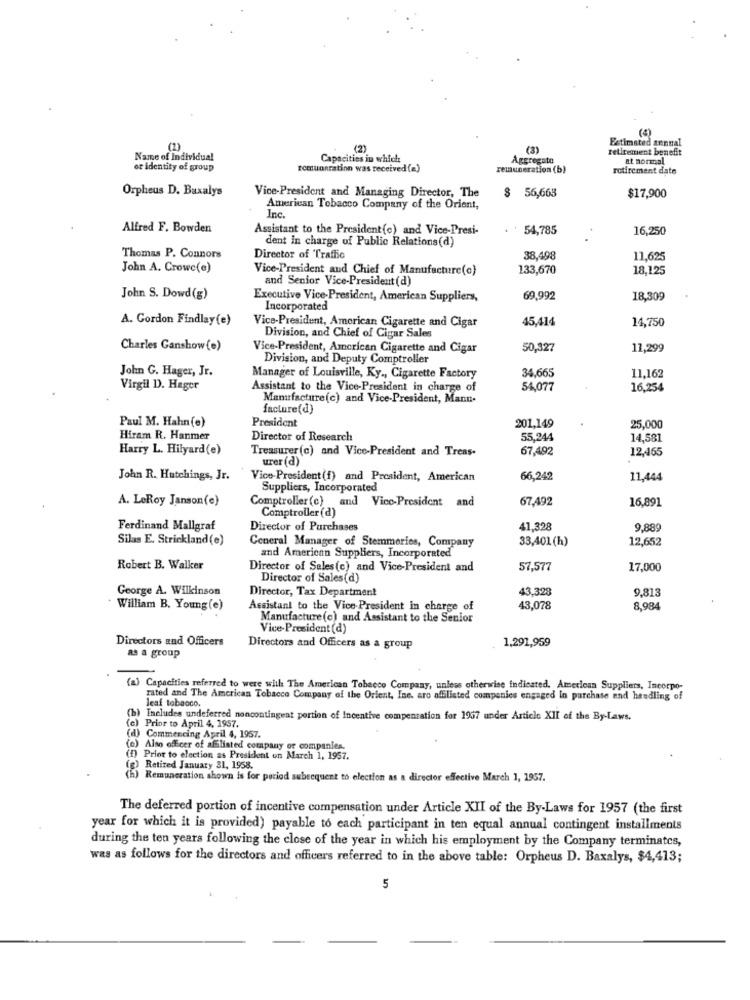
(4)
Estimated sentral
(2)
(2)
retirement benefit
Name of Individual
Capacities in which
Aggregato
at normal
or identity of group
remuneration was received (a)
remuneration (b)
retirement date
Orpheus D. Baxalys
Vice-President and Managing Director, The
$ 56,665
$17,900
American Tobacco Company of the Orient,
Inc.
Alfred F. Bowden
Assistant to the President(c) and Vice-Presi-
54,785
16,250
dent in charge of Public Relations(d)
Thomas P. Connors
Director of 'Traffic
38,498
11.625
John A. Crowe(e)
Vice-President and Chief of Manufacture(c)
133,670
18,125
and Senior Vice-President (d)
John S. Dowd(g)
Executive Vice-President, American Suppliers,
69,992
18,309
Incorporated
A. Gordon Findlay(e)
45,414
14,750
Vice-President, American Cigarette and Cigar
Division, and Chief of Cigar Sales
Charles Ganshow(e)
Vice-President, American Cigarette and Cigar
50,327
11,299
Division, and Deputy Comptroller
John G. Hager, Jr.
34,665
11,162
Manager of Louisville, Ky ., Cigarette Factory
Virgil D. Hager
Assistant to the Vice-President in charge of
54,077
16,254
Manufacture (c) and Vice-President, Mann.
facture(d)
Paul M. Hahn (e)
201,149
President
25,000
Hiram R. Hanmer
Director of Research
55,244
14,581
Harry L. Hilyard(e)
Treasurer (c) and Vice-President and Treas-
67,492
12,465
urer (d)
John R. Hutchings, Jr.
Vice-President (f) and President, American
66,242
11,444
Suppliers, Incorporated
A. LeRoy Janson(e)
Comptroller (c) and Vice-President and
67.492
16,891
Comptroller (d)
Ferdinand Mallgraf
Director of Purchases
41,328
9.889
Silas E. Strickland (e)
General Manager of Stemmeries, Company
33,401 (h)
12,652
and American Suppliers, Incorporated
Robert B. Walker
Director of Sales(c) and Vice-President and
57.577
17,000
Director of Sales(d)
George A. Wilkinson
43,328
9.813
Director, Tax Department
William B. Young (e)
Assistant to the Vice-President in charge of
43,078
8,984
Manufacture (c) and Assistant to the Senior
Vice-President (d)
Directors and Officers
1,291,959
Directors and Officers as a group
as a group
(a) Capacities referred to were with The American Tobacco Company, unless otherwise indicated, American Suppliers, Incorpo-
rated and The American Tobacco Company of the Orient, Ine. aro affilisted companies engaged in purchase and handling of
leaf tobacco.
(0)
(b) Includes undeferred noncontingent portion of Incentive compensation for 1957 under Article XII of the By-Laws.
Prior to April 4, 1957.
(d) Commencing April 4, 1957.
(e) Also officer of afilisted company of companies
Prior to election as President on March 1, 1957.
Retired January 31, 1958.
Remuneration shown is for period subsequent to election as a director effective March 1, 1957.
The deferred portion of incentive compensation under Article XII of the By-Laws for 1957 (the first
year for which it is provided) payable to each participant in ten equal annual contingent installments
during the ten years following the close of the year in which his employment by the Company terminates,
was as follows for the directors and officers referred to in the above table: Orpheus D. Baxalys, $4,413;
5